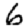
Digit: 6